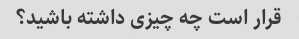
قرار است چه چیزی داشته باشید؟